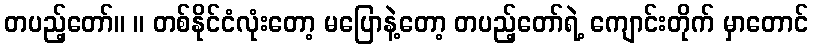
တပည့်တော်။ ။ တစ်နိုင်ငံလုံးတော့ မပြောနဲ့တော့ တပည့်တော်ရဲ့ ကျောင်းတိုက် မှာတောင်